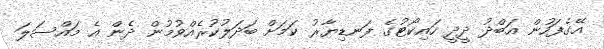
އޭގެފަހުން އަބްދު ދީދީ ހައިކޯޓުގެ ފަނޑިޔާރު ކަމަށް ބަދަލުކުރެއްވުމުން ދެން އެ މައްސަލަ